On a parasite found in persons suffering from enlargement of the spleen in India, second report - Number 11
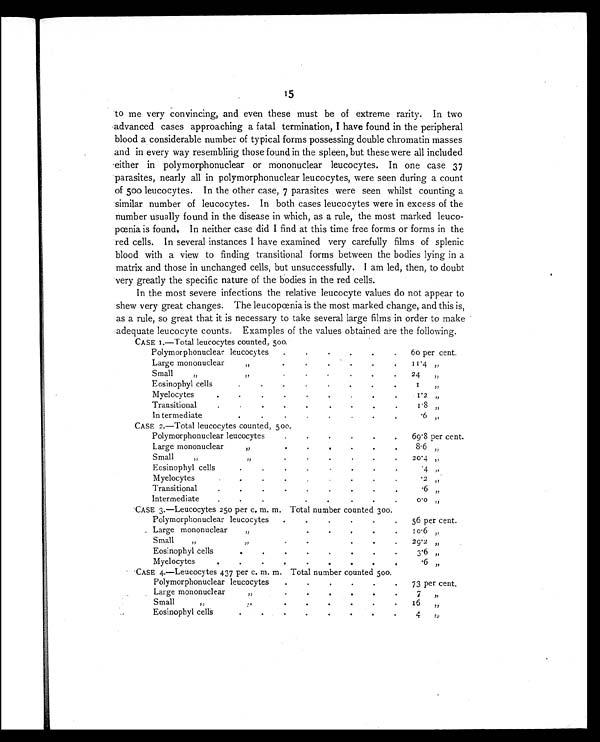
15
to me very convincing, and even these must be of extreme rarity. In two
advanced cases approaching a fatal termination, I have found in the peripheral
blood a considerable number of typical forms possessing double chromatin masses
and in every way resembling those found in the spleen, but these were all included
either in polymorphonuclear or mononuclear leucocytes. In one case 37
parasites, nearly all in polymorphonuclear leucocytes, were seen during a count
of 500 leucocytes. In the other case, 7 parasites were seen whilst counting a
similar number of leucocytes. In both cases leucocytes were in excess of the
number usually found in the disease in which, as a rule, the most marked leuco-
pœnia is found. In neither case did I find at this time free forms or forms in the
red cells. In several instances I have examined very carefully films of splenic
blood with a view to finding transitional forms between the bodies lying in a
matrix and those in unchanged cells, but unsuccessfully. I am led, then, to doubt
very greatly the specific nature of the bodies in the red cells.
In the most severe infections the relative leucocyte values do not appear to
shew very great changes. The leucopœnia is the most marked change, and this is,
as a rule, so great that it is necessary to take several large films in order to make
adequate leucocyte counts. Examples of the values obtained are the following.
CASE 1.—Total leucocytes counted, 500.
Polymorphonuclear leucocytes
.
.
.
60 per cent.
Large mononuclear
,,
. .
.
.
.
.
.
11.4 „
Small
,,
,,
. .
.
.
.
.
.
24
,,
Eosinophyl cells
.
.
.
.
.
.
.
.
1
, ,
Myelocytes.
.
.
.
.
.
.
.
.
1.2
,,
Transitional.
.
.
.
.
.
.
.
.
1 . 8
, ,
In termediat
.
.
.
.
.
.
.
.6 „
CASE 2.—Total leucocytes counted, 500.
Polymorphonuclear leucocytes
.
.
.
.
.
.
69.8 per cent.
Large mononuclear
,,
.
.
.
.
.
.
.
8.6
,,,
Small,,
,,
.
.
.
.
.
.
.
20.4 „
Eosinophyl cells
.
.
.
.
.
.
.
.
.4
,,
Myelocytes
. .
.
.
.
.
.
.
.
. 2
, ,
Transitional
.
.
.
.
.
.
.
.
. 6
, ,
Intermediate
.
.
.
.
.
.
.
.
0 . 0 , ,
CASE 3.—Leucocytes 250 per c. m. m. Total number counted 300.
Polymorphonuclear leucocytes
.
.
.
.
.
. 56 per cent.
Large mononuclear
,,
.
.
.
.
.
.
.
10.6
,,
Small
,, ,,
.
.
.
.
.
.
.
29.2 ,,
Eosinophyl cells
.
.
.
.
.
.
.
.
3.6
,,
Myelocytes
.
.
.
.
.
.
.
.
.
.6 „
CASE 4.—Leucocytes 437 per c. m. m. Total number counted 500.
Polymorphonuclear leucocytes
.
.
.
.
.
.
73 per cent.
Large mononuclear
,,
.
.
.
.
.
.
.
7
,,
Small
,, ,,
.
.
.
.
.
.
.
16
,,
. . Eosinophyl cells
.
.
.
.
.
.
.
.
4
,,